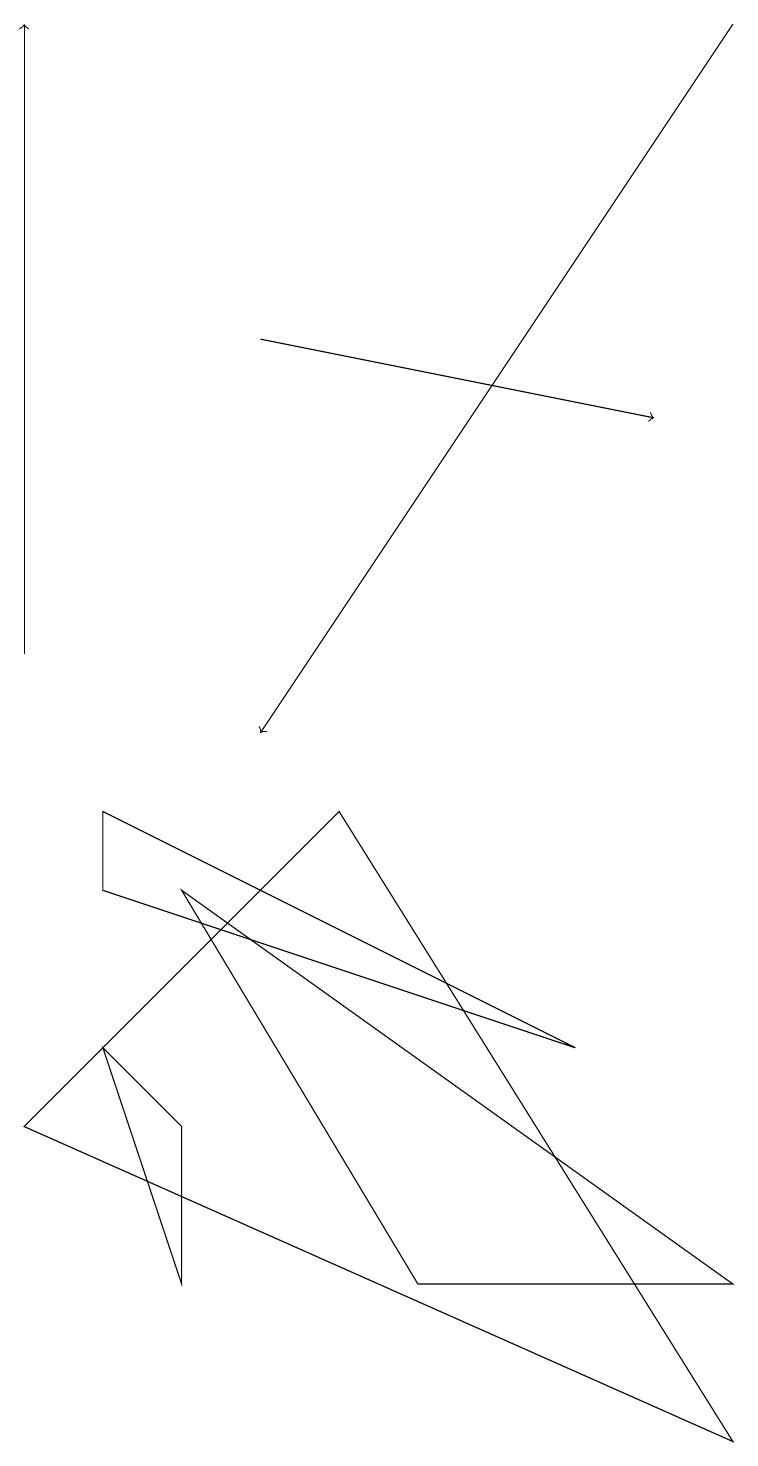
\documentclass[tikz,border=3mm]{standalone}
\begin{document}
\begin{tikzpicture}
\draw[->] (3,15) -- (8,14);
\draw[->] (0,11) -- (0,19);
\draw[->] (9,19) -- (3,10);
\draw (4,9) -- (9,1) -- (0,5) -- cycle;
\draw (1,9) -- (7,6) -- (1,8) -- cycle;
\draw (1,6) -- (2,5) -- (2,3) -- cycle;
\draw (2,8) -- (5,3) -- (9,3) -- cycle;
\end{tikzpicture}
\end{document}